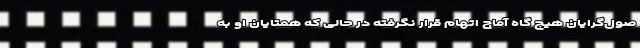
صول‌گرایان هیچ گاه آماج اتهام قرار نگرفته در حالی که همتایان او به